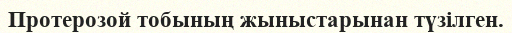
Протерозой тобының жыныстарынан түзілген.